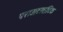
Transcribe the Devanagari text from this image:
पराअटलांटिक